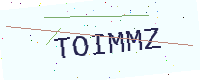
Text: TOIMMZ